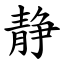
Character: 静